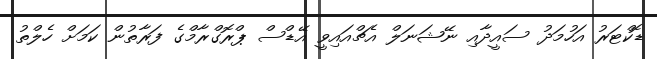
ޑޮކްޓަރު އަހުމަދު ސައީދާއި ނޭޝަނަލް އެޗްއައިވީ އޭޑްސް ޕްރޮގްރާމްގެ ފަރާތުން ކަމަށް ހެލްތު